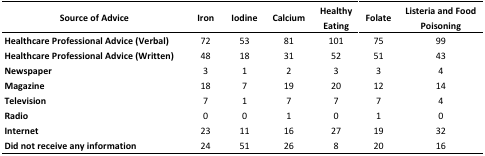
<table><thead><tr><td><b>Source of Advice</b></td><td><b>Iron</b></td><td><b>Iodine</b></td><td><b>Calcium</b></td><td><b>Healthy Eating</b></td><td><b>Folate</b></td><td><b>Listeria and Food Poisoning</b></td></tr></thead><tbody><tr><td><b>Healthcare Professional Advice (Verbal)</b></td><td>72</td><td>53</td><td>81</td><td>101</td><td>75</td><td>99</td></tr><tr><td><b>Healthcare Professional Advice (Written)</b></td><td>48</td><td>18</td><td>31</td><td>52</td><td>51</td><td>43</td></tr><tr><td><b>Newspaper</b></td><td>3</td><td>1</td><td>2</td><td>3</td><td>3</td><td>4</td></tr><tr><td><b>Magazine</b></td><td>18</td><td>7</td><td>19</td><td>20</td><td>12</td><td>14</td></tr><tr><td><b>Television</b></td><td>7</td><td>1</td><td>7</td><td>7</td><td>7</td><td>4</td></tr><tr><td><b>Radio </b></td><td>0</td><td>0</td><td>1</td><td>0</td><td>1</td><td>0</td></tr><tr><td><b>Internet</b></td><td>23</td><td>11</td><td>16</td><td>27</td><td>19</td><td>32</td></tr><tr><td><b>Did not receive any information</b></td><td>24</td><td>51</td><td>26</td><td>8</td><td>20</td><td>16</td></tr></tbody></table>